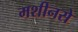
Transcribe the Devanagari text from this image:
मशीनसे